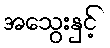
အသွေးနှင့်